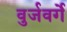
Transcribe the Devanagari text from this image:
वुर्जवर्गे